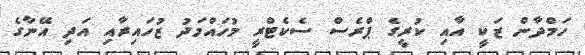
ހަމްދާން ޒަކީ އާއި ކުރީގެ ޕްރެސް ސެކެޓްރީ މުހައްމަދު ޒުހައިރާއި އަދި އޭނާގެ